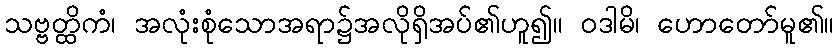
သဗ္ဗတ္ထိကံ၊ အလုံးစုံသောအရာ၌အလိုရှိအပ်၏ဟူ၍။ ဝဒါမိ၊ ဟောတော်မူ၏။